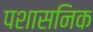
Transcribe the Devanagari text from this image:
पशासनिक